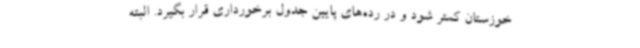
خوزستان کمتر شود و در رده‌های پایین جدول برخورداری قرار بگیرد. البته